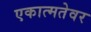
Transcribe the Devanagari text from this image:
एकात्मतेवर